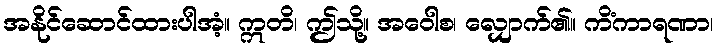
အနိုင်ဆောင်ထားပါအံ့။ ဣတိ၊ ဤသို့။ အဝေါစ၊ လျှောက်၏။ ကိံကာရဏာ၊